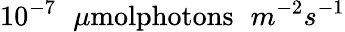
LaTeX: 10^{-7}\phantom{\mathbf{x}}\mu\textrm{{molphotons}}\phantom{\mathbf{x}}m^{-2}s^{-1}